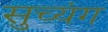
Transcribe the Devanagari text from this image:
सुच्यंग